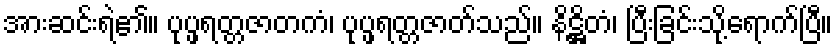
အားဆင်းရဲ၏။ ပုပ္ဖရတ္တဇာတကံ၊ ပုပ္ဖရတ္တဇာတ်သည်။ နိဋ္ဌိတံ၊ ပြီးခြင်းသို့ရောက်ပြီ။